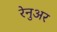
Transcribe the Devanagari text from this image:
रेनुअर